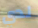
لدي